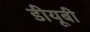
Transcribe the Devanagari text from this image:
डीयूबी